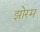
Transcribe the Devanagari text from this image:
झोरम